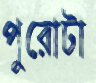
পুরোটা